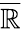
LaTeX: \overline{{\mathbb{R}}}